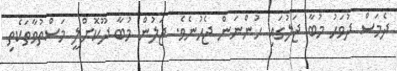
ދެމަސް ދުވަހު މުބާ ޖަލުގައި ހުންނަން ޖެހުނެވެ. ޖަލުން މުބާ ދޫކޮށްލީ މަސްތުވާތަކެތި